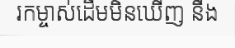
រកម្ចាស់ដើមមិនឃើញ នឹង